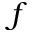
f